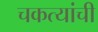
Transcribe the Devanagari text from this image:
चकत्यांची